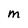
Character: M